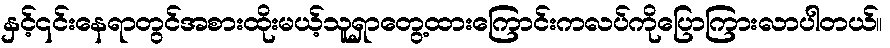
နှင့်၎င်းနေရာတွင်အစားထိုးမယ့်သူရှာတွေ့ထားကြောင်းကလပ်ကိုပြောကြားလာပါတယ်။